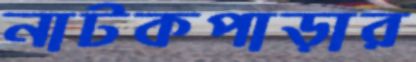
নাটকপাড়ার